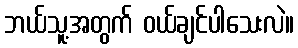
ဘယ်သူ့အတွက် ဝယ်ချင်ပါသေးလဲ။